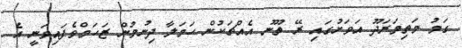
ގަމު މަތިމަރަދޫ އަވަށުގައި ރޭ ތޫނު އެއްޗަކުން ހަމަލާ ދިނުމުން ޒަހަމްވެފައިވަނީ އެ